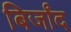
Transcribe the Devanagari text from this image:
बिर्जांद